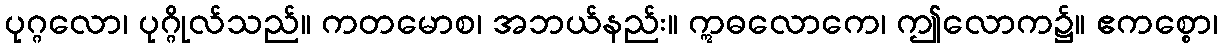
ပုဂ္ဂလော၊ ပုဂ္ဂိုလ်သည်။ ကတမောစ၊ အဘယ်နည်း။ ဣဓလောကေ၊ ဤလောက၌။ ဧကစ္စော၊